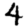
Digit: 4